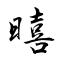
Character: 暿